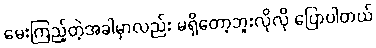
မေးကြည့်တဲ့အခါမှာလည်း မရှိတော့ဘူးလိုလို ပြောပါတယ်